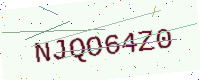
Text: NJQO64Z0